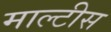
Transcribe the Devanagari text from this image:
माल्टीस